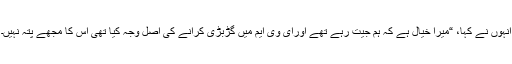
انہوں نے کہا، “میرا خیال ہے کہ ہم جیت رہے تھے اورای وی ایم میں گڑبڑی کرانے کی اصل وجہ کیا تھی اس کا مجھے پتہ نہیں۔